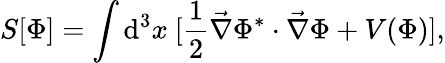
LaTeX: S[\Phi]=\int\mathrm{d}^{3}x\ [\frac{{1}}{{2}}\vec{{\nabla}}\Phi^{*}\cdot\vec{{\nabla}}\Phi+V(\Phi)],